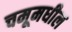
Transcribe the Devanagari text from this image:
चमूमधील